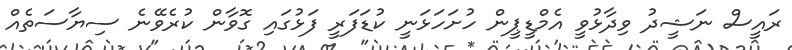
ރައީސް ނަޝީދު ވިދާޅުވީ އެމްޑީޕީން ހުށަހަޅަނީ ކުޑަފަރީ ފަޅުގައި ގޮވާން ކުރެވޭނެ ސިޔާސަތެއް